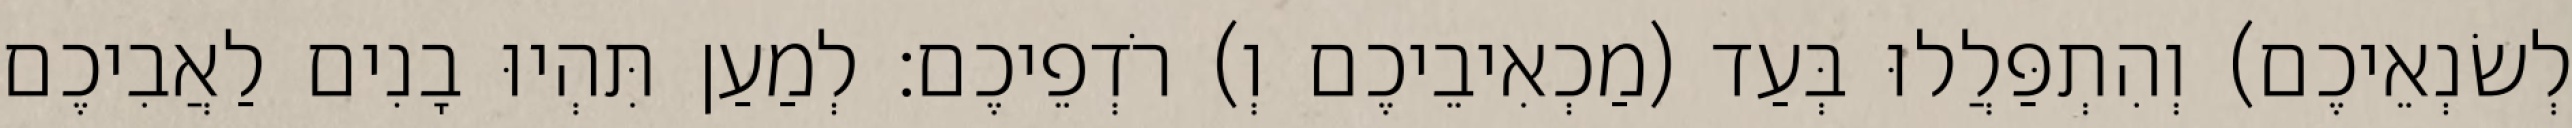
לְשׂנְאֵיכֶם) וְהִתְפַּלֲלוּ בְּעַד (מַכְאִיבֵיכֶם וְ) רֹדְפֵיכֶם׃ לְמַעַן תִּהְיוּ בָנִים לַאֲבִיכֶם